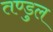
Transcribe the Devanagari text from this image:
तण्डुल